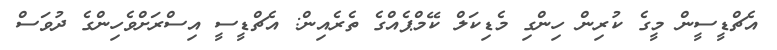
އެޗްޑީސީން މީގެ ކުރިން ހިންގި މެޑިކަލް ކޭމްޕެއްގެ ތެރެއިން: އެޗްޑީސީ އިސްރަށްވެހިންގެ ދުވަސް